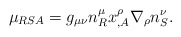
\begin{align*}\mu_{RSA} = g_{\mu\nu}n^\mu_R x^\rho_{,A}\nabla_\rho n^\nu_S.\end{align*}